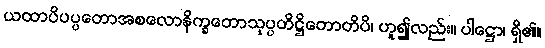
ယထာပိပပ္ပတောအစလောနိက္ခတောသုပ္ပတိဋ္ဌိတောတိပိ၊ ဟူ၍လည်း။ ပါဋ္ဌော၊ ရှိ၏။